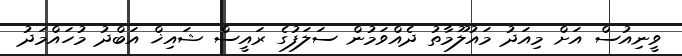
ވީނިއުސް އަށް މިއަދު މައުލޫމާތު ދެއްވަމުން ސަލަފުގެ ރައީސް ޝައިޚް އަބްދު މުހައްމަދު